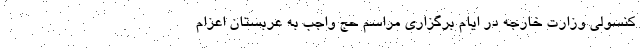
کنسولی وزارت خارجه در ایام برگزاری مراسم حج واجب به عربستان اعزام